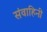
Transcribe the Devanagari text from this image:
संवाहिनी